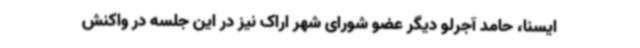
ایسنا، حامد آجرلو دیگر عضو شورای شهر اراک نیز در این جلسه در واکنش